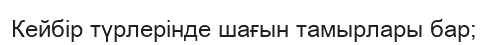
Кейбір түрлерінде шағын тамырлары бар;